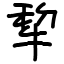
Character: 犂